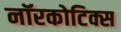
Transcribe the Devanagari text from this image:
नॉरकोटिक्स